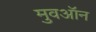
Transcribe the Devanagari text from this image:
मुवऑन